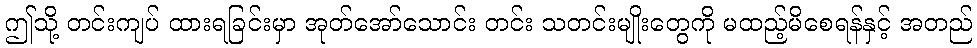
ဤသို့ တင်းကျပ် ထားရခြင်းမှာ အုတ်အော်သောင်း တင်း သတင်းမျိုးတွေကို မထည့်မိစေရန်နှင့် အတည်